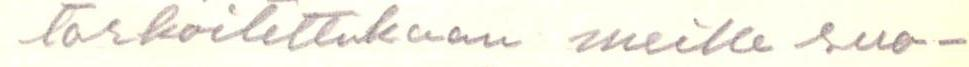
tarkoitettukaan meille suo-